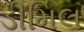
ડીમિલ